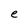
Character: e